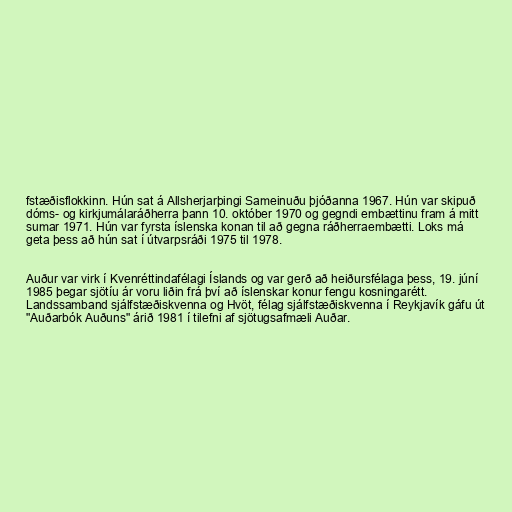
fstæðisflokkinn. Hún sat á Allsherjarþingi Sameinuðu þjóðanna 1967. Hún var skipuð
dóms- og kirkjumálaráðherra þann 10. október 1970 og gegndi embættinu fram á mitt
sumar 1971. Hún var fyrsta íslenska konan til að gegna ráðherraembætti. Loks má
geta þess að hún sat í útvarpsráði 1975 til 1978.

Auður var virk í Kvenréttindafélagi Íslands og var gerð að heiðursfélaga þess, 19. júní
1985 þegar sjötíu ár voru liðin frá því að íslenskar konur fengu kosningarétt.
Landssamband sjálfstæðiskvenna og Hvöt, félag sjálfstæðiskvenna í Reykjavík gáfu út
"Auðarbók Auðuns" árið 1981 í tilefni af sjötugsafmæli Auðar.